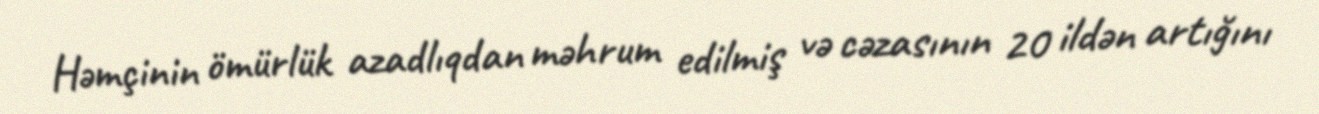
Həmçinin ömürlük azadlıqdan məhrum edilmiş və cəzasının 20 ildən artığını